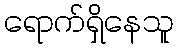
ရောက်ရှိနေသူ